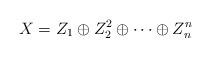
LaTeX: \begin{align*}X=Z_1\oplus Z_2^2\oplus\cdots\oplus Z_n^n\end{align*}